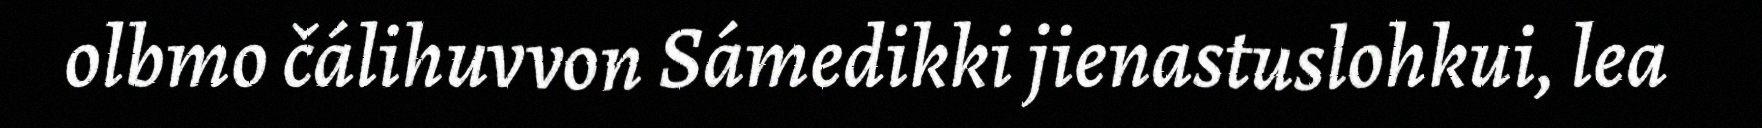
olbmo čálihuvvon Sámedikki jienastuslohkui, lea